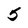
Character: 5